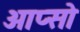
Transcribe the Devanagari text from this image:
आप्सो